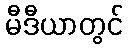
မီဒီယာတွင်